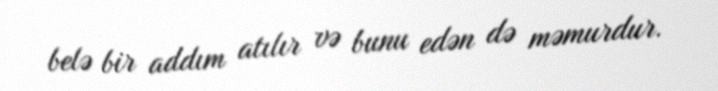
belə bir addım atılır və bunu edən də məmurdur.